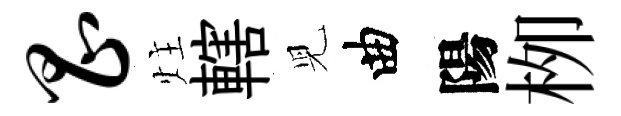
昌炷轄児曲陽栁